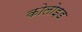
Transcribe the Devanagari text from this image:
कोलोइड